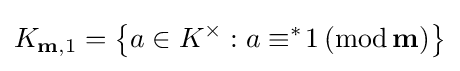
K_{\mathbf {m} ,1}=\left\{a\in K^{\times }:a\equiv ^{\ast }\!1\,(\mathrm {mod} \,\mathbf {m} )\right\}